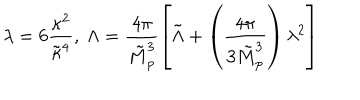
\lambda = 6 \frac { \kappa ^ { 2 } } { \tilde { \kappa } ^ { 4 } } , ~ \Lambda = \frac { 4 \pi } { \tilde { M } _ { p } ^ { 3 } } \left[ \tilde { \Lambda } + \left( \frac { 4 \pi } { 3 \tilde { M } _ { p } ^ { 3 } } \right) \lambda ^ { 2 } \right]